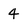
Character: 4